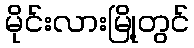
မိုင်းလားမြို့တွင်